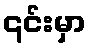
၎င်းမှာ